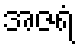
အဇရံ